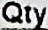
QTY